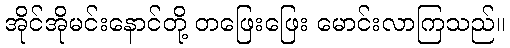
အိုင်အိုမင်းနောင်တို့ တဖြေးဖြေး မောင်းလာကြသည်။